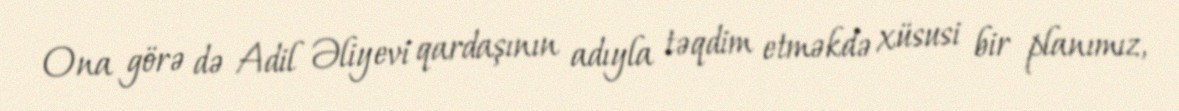
Ona görə də Adil Əliyevi qardaşının adıyla təqdim etməkdə xüsusi bir planımız,